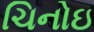
ચિનોઇ